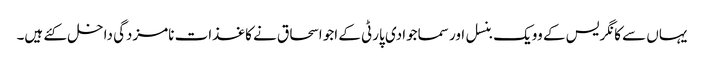
یہاں سے کانگریس کے وویک بنسل اور سماجوادی پارٹی کے اجو اسحاق نے کاغذات نامزدگی داخل کئے ہیں۔